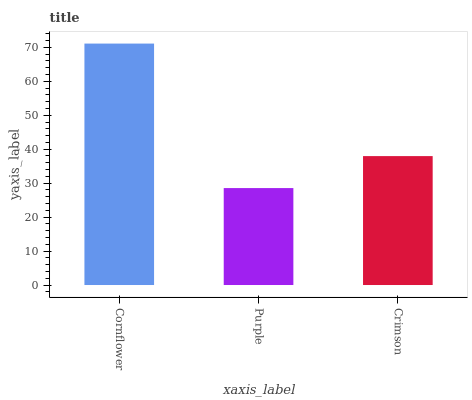
| xaxis_label | bars |
 | --- | --- |
 | Cornflower | 71.1 |
 | Purple | 28.6 |
 | Crimson | 38 |